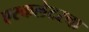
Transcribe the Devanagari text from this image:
एस्कलेटरचा